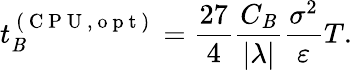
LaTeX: t_{\mathit{B}}^{\mathrm{{~(~C~P~U~,~o~p~t~)~}}}=\frac{{27}}{{4}}\frac{{C_{\mathit{B}}}}{{|\lambda|}}\frac{{\sigma^{2}}}{{\varepsilon}}T.